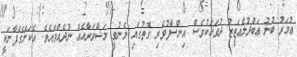
ޢުމަރު ބުނު ޢަބްދުލްޢަޒީޒު ދުވަހަކުވެސް އިންސާފުވެރި ގޮތުގައި މެނުވީ މަޝްވަރާއެއް ނުދެއްވައެވެ. އެކަލޭގެފާނަކީ